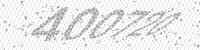
Solution: 400720